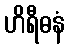
ဟိရီဓနံ